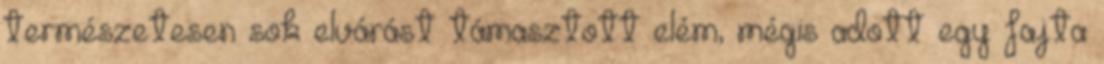
természetesen sok elvárást támasztott elém, mégis adott egy fajta